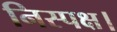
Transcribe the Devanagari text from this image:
निस्पक्ष।